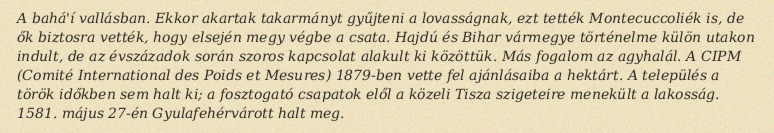
A bahá'í vallásban. Ekkor akartak takarmányt gyűjteni a lovasságnak, ezt tették Montecuccoliék is, de ők biztosra vették, hogy elsején megy végbe a csata. Hajdú és Bihar vármegye történelme külön utakon indult, de az évszázadok során szoros kapcsolat alakult ki közöttük. Más fogalom az agyhalál. A CIPM (Comité International des Poids et Mesures) 1879-ben vette fel ajánlásaiba a hektárt. A település a török időkben sem halt ki; a fosztogató csapatok elől a közeli Tisza szigeteire menekült a lakosság. 1581. május 27-én Gyulafehérvárott halt meg.